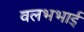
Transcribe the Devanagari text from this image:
वलभभाई